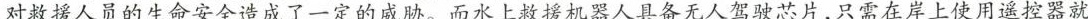
对救援人员的生命安全造成了一定的威胁。而水上救援机器人具备无人驾驶芯片，只需在岸上使用遥控器就